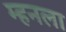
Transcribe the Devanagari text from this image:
म्हनला